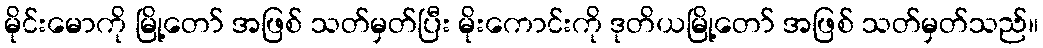
မိုင်းမောကို မြို့တော် အဖြစ် သတ်မှတ်ပြီး မိုးကောင်းကို ဒုတိယမြို့တော် အဖြစ် သတ်မှတ်သည်။